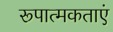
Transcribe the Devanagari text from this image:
रूपात्मकताएं